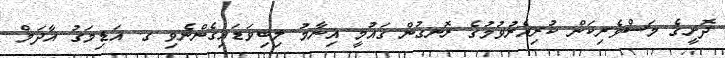
ދޮށީގެ މަސްވެރިކަން ކުރިއެރުވުމުގެ ރޮނގުން ގައުމީ އިނާމު ލިބިވަޑައިގެންނެވި ގ. އަޑިމަގު އާދަމް